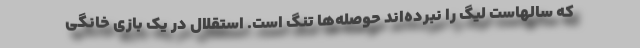
که سالهاست لیگ را نبرده‌اند حوصله‌ها تنگ است. استقلال در یک بازی خانگی